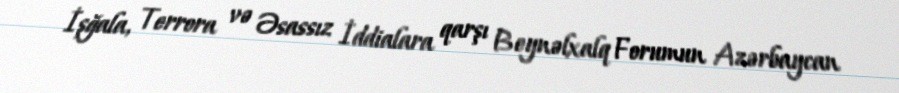
İşğala, Terrora və Əsassız İddialara qarşı Beynəlxalq Forumun Azərbaycan